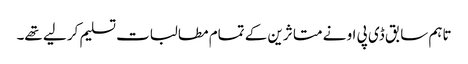
تاہم سابق ڈی پی او نے متا ثرین کے تمام مطالبات تسلیم کر لیے تھے۔